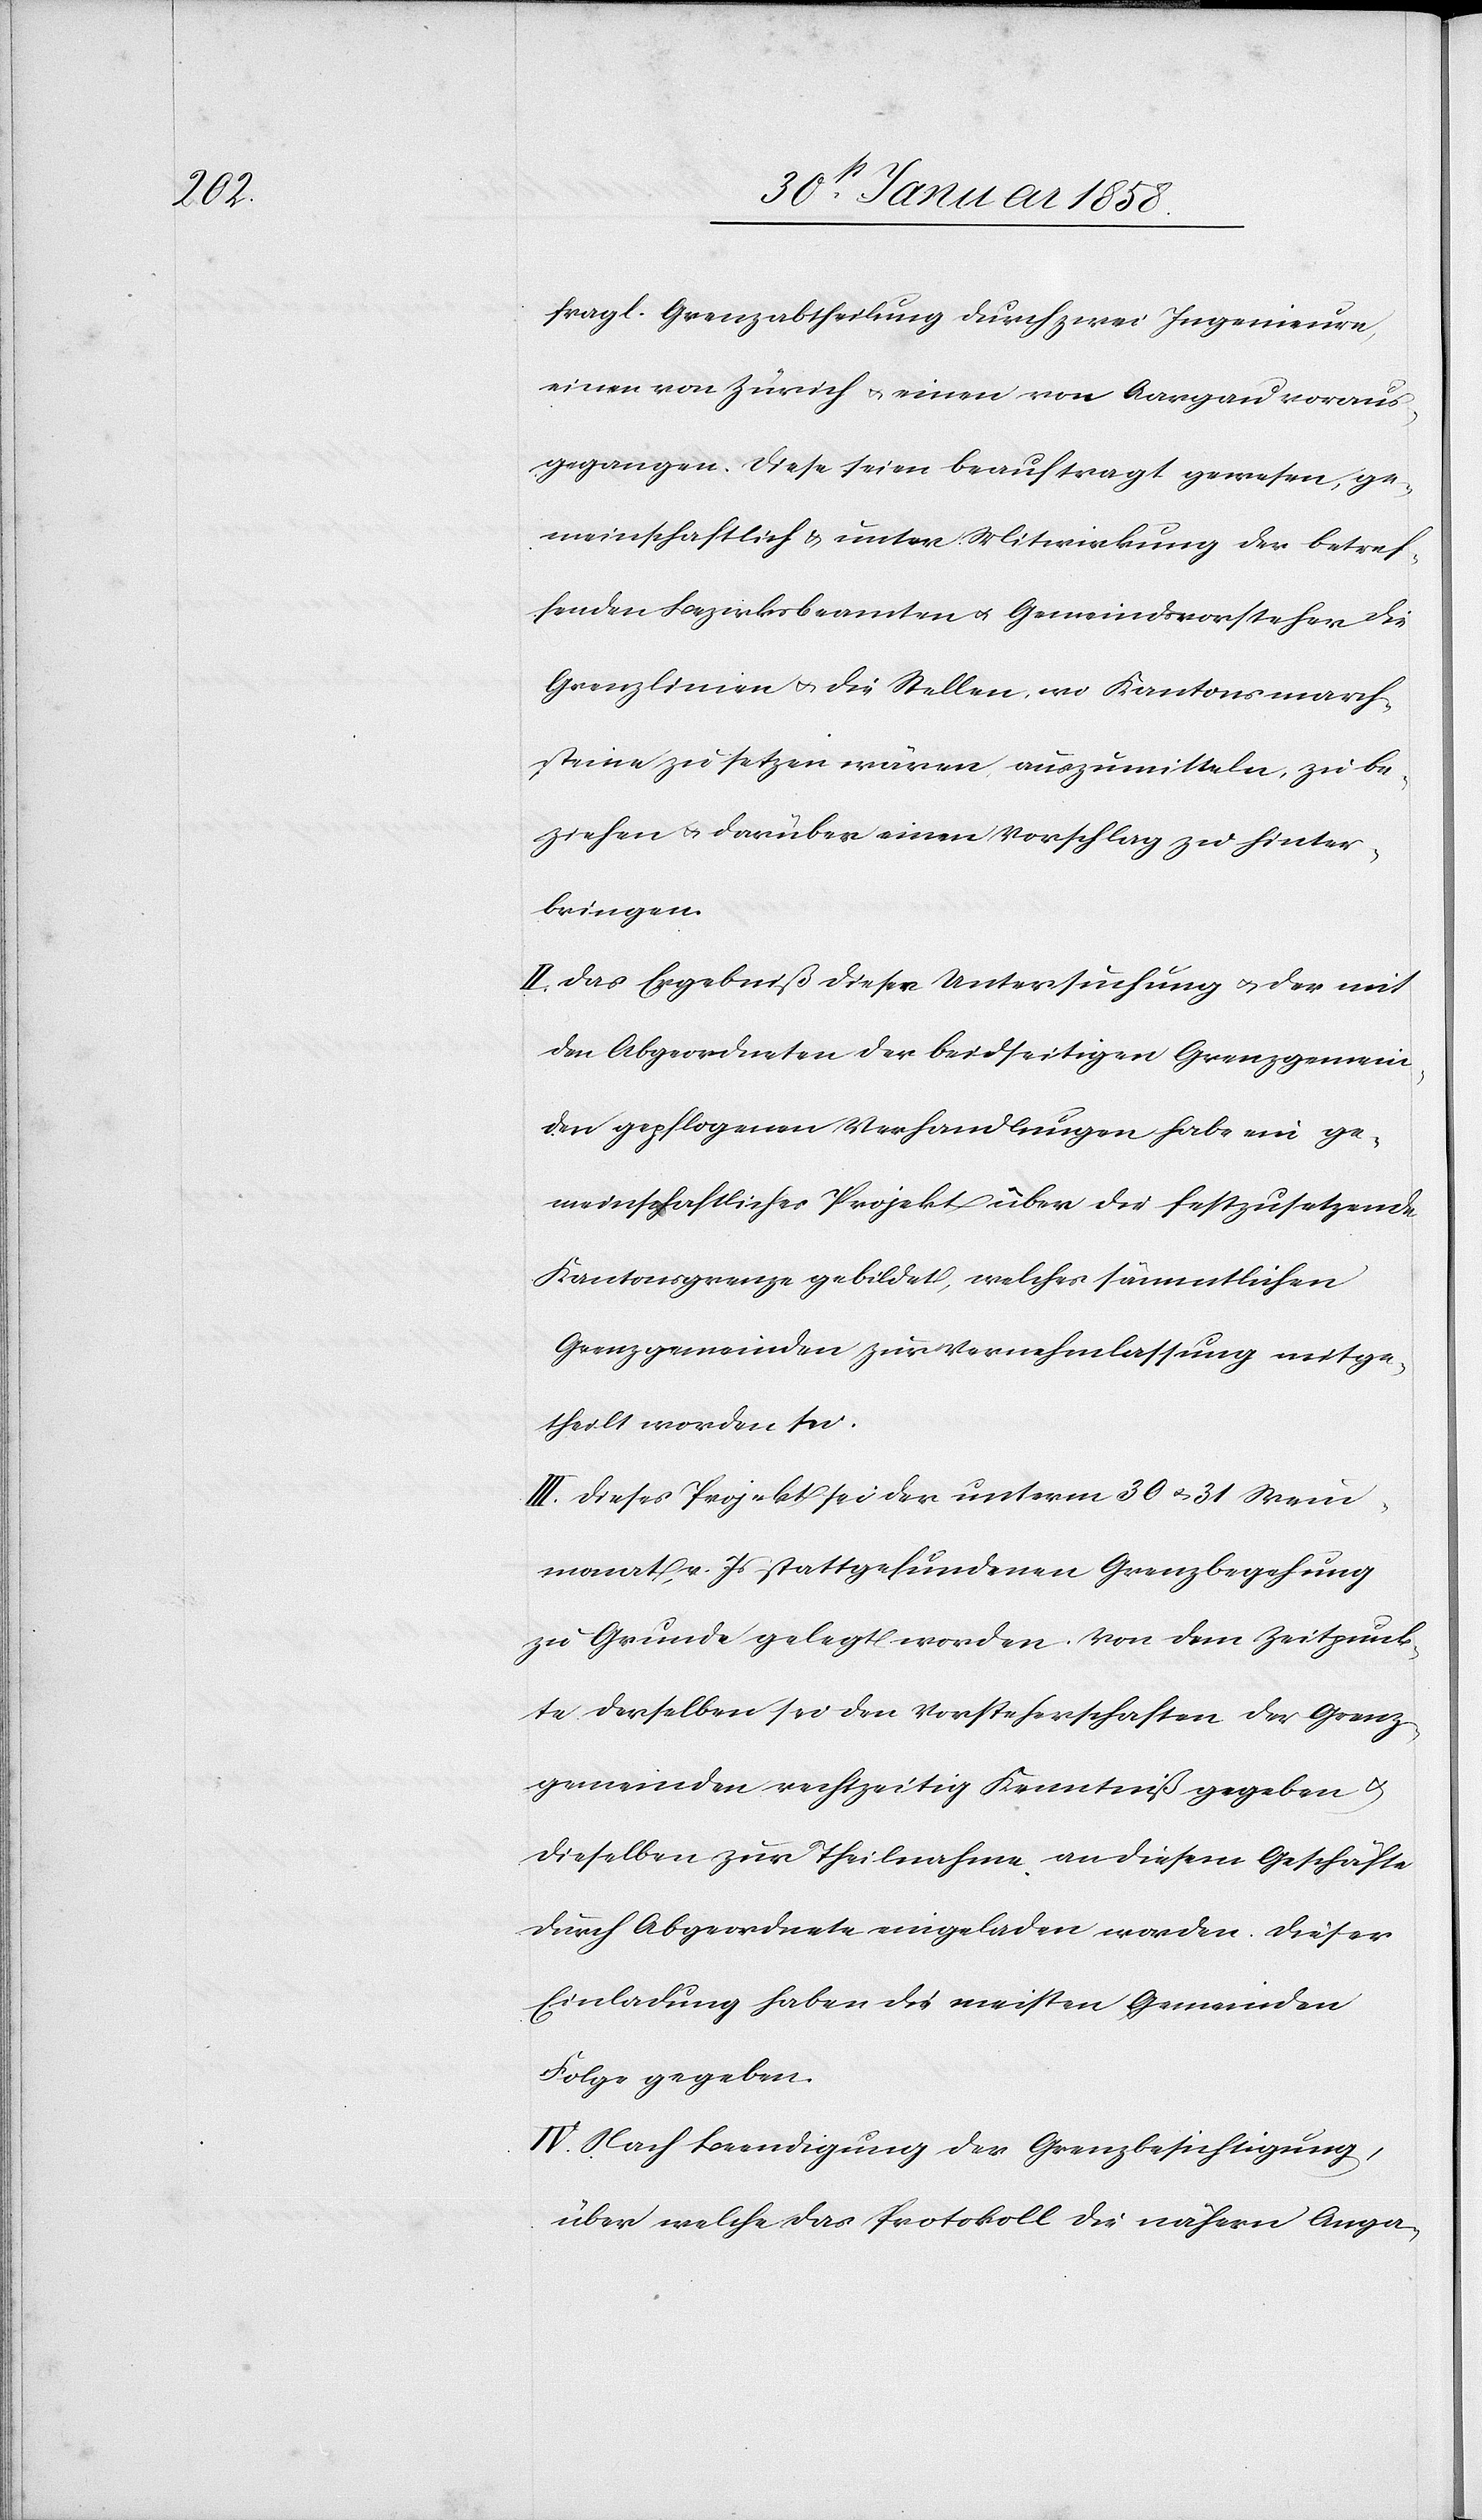
fragl. Grenzabtheilung durch zwei Ingenieure,
einen von Zürich u. einen von Aargau voraus¬
gegangen. Diese seien beauftragt gewesen, ge¬
meinschaftlich u. unter Mitwirkung der betref¬
fenden Bezirksbeamten u. Gemeindsvorsteher die
Grenzlinie u. die Stellen, wo Kantonsmarch¬
steine zu setzen wären, auszumitteln, zu be¬
ziehen u. darüber einen Vorschlag zu hinter¬
bringen.
II. Das Ergebniß dieser Untersuchung u. der mit
den Abgeordneten der beidseitigen Grenzgemein¬
den gepflogenen Verhandlungen habe ein ge¬
meinschaftliches Projekt über die festzusetzende
Kantonsgrenze gebildet, welches sämmtlichen
Grenzgemeinden zur Vernehmlassung mitge¬
theilt worden sei.
III. Dieses Projekt sei der unterm 30 u. 31 Wein¬
monat v. Js. stattgefundenen Grenzbegehung
zu Grunde gelegt worden. Von dem Zeitpunk¬
te derselben sei den Vorsteherschaften der Grenz¬
gemeinden rechtzeitig Kenntniß gegeben u.
dieselben zur Theilnahme an diesem Geschäfte
durch Abgeordnete eingeladen worden. Dieser
Einladung haben die meisten Gemeinden
Folge gegeben.
IV. Nach Beendigung der Grenzbesichtigung,
über welche das Protokoll die nähern Anga-